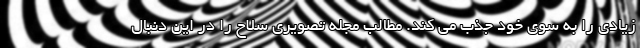
زیادی را به سوی خود جذب می کند. مطالب مجله تصویری سلاح را در این دنبال